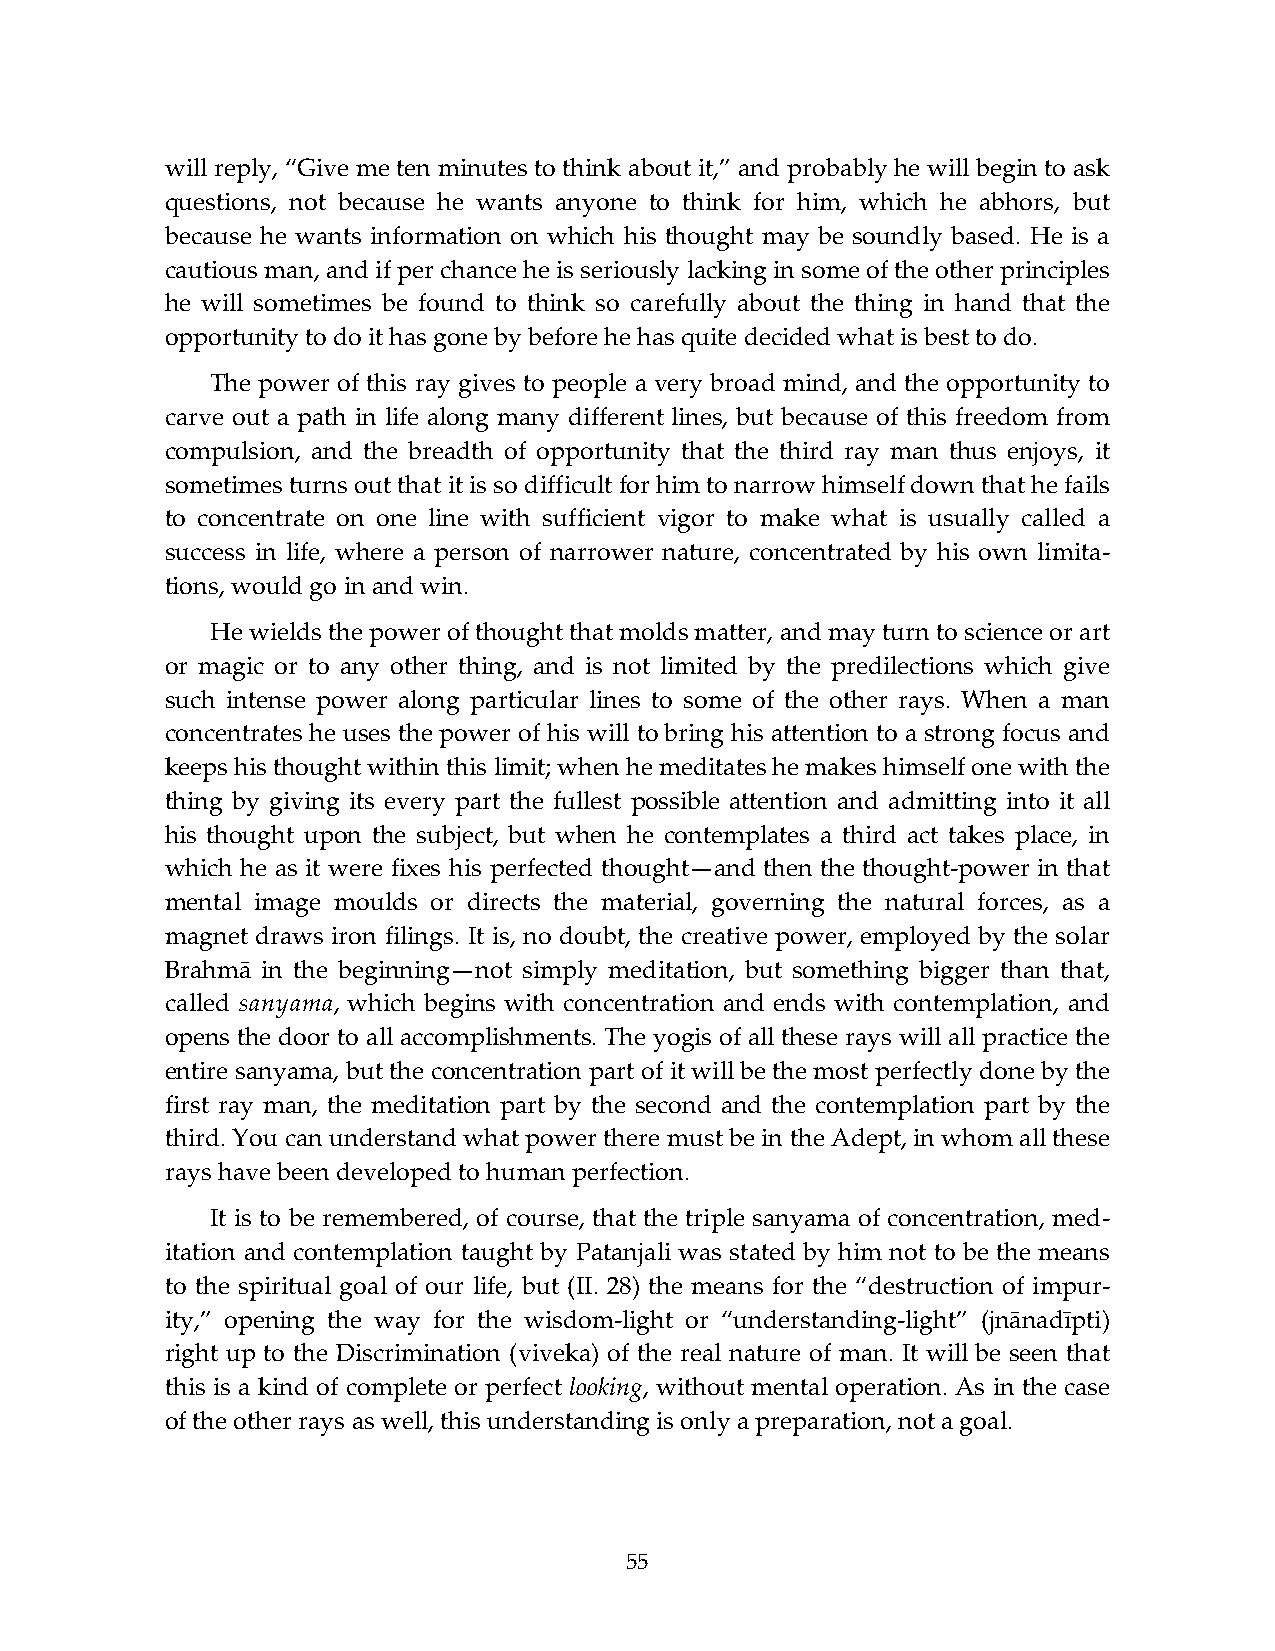
will reply, “Give me ten minutes to think about it,” and probably he will begin to ask
 questions, not because he wants anyone to think for him, which he abhors, but
 because he wants information on which his thought may be soundly based. He is a
 cautious man, and if per chance he is seriously lacking in some of the other principles
 he will sometimes be found to think so carefully about the thing in hand that the
 opportunity to do it has gone by before he has quite decided what is best to do.
 The power of this ray gives to people a very broad mind, and the opportunity to
 carve out a path in life along many different lines, but because of this freedom from
 compulsion, and the breadth of opportunity that the third ray man thus enjoys, it
 sometimes turns out that it is so difficult for him to narrow himself down that he fails
 to concentrate on one line with sufficient vigor to make what is usually called a
 success in life, where a person of narrower nature, concentrated by his own limita-
 tions, would go in and win.
 He wields the power of thought that molds matter, and may turn to science or art
 or magic or to any other thing, and is not limited by the predilections which give
 such intense power along particular lines to some of the other rays. When a man
 concentrates he uses the power of his will to bring his attention to a strong focus and
 keeps his thought within this limit; when he meditates he makes himself one with the
 thing by giving its every part the fullest possible attention and admitting into it all
 his thought upon the subject, but when he contemplates a third act takes place, in
 which he as it were fixes his perfected thought—and then the thought-power in that
 mental image moulds or directs the material, governing the natural forces, as a
 magnet draws iron filings. It is, no doubt, the creative power, employed by the solar
 Brahmā in the beginning—not simply meditation, but something bigger than that,
 called sanyama, which begins with concentration and ends with contemplation, and
 opens the door to all accomplishments. The yogis of all these rays will all practice the
 entire sanyama, but the concentration part of it will be the most perfectly done by the
 first ray man, the meditation part by the second and the contemplation part by the
 third. You can understand what power there must be in the Adept, in whom all these
 rays have been developed to human perfection.
 It is to be remembered, of course, that the triple sanyama of concentration, med-
 itation and contemplation taught by Patanjali was stated by him not to be the means
 to the spiritual goal of our life, but (II. 28) the means for the “destruction of impur-
 ity,” opening the way for the wisdom-light or “understanding-light” (jnānadīpti)
 right up to the Discrimination (viveka) of the real nature of man. It will be seen that
 this is a kind of complete or perfect looking, without mental operation. As in the case
 of the other rays as well, this understanding is only a preparation, not a goal.
 55